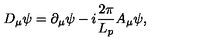
D _ { \mu } \psi = \partial _ { \mu } \psi - i \frac { 2 \pi } { L _ { p } } A _ { \mu } \psi ,